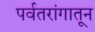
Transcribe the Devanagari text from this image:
पर्वतरांगातून